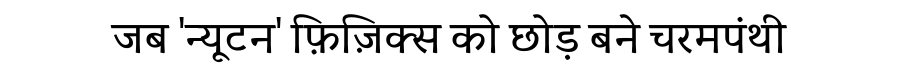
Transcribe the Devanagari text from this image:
जब 'न्यूटन' फ़िज़िक्स को छोड़ बने चरमपंथी